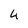
Character: 4